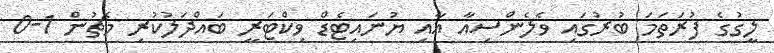
ލީގުގެ ފުރަތަމަ ބުރުގައި ވެލެންސިއާ އާއި ޔުނައިޓެޑް ވިކްޓަރީ ބައްދަލުކުރި މެޗުން 1-0